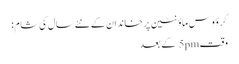
گرؤوس ماؤنٹین پر خاندان کے نئے سال کی شام:
وقت5pm کے بعد